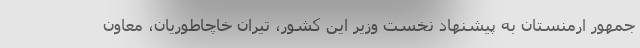
جمهور ارمنستان به پیشنهاد نخست وزیر این کشور، تیران خاچاطوریان، معاون